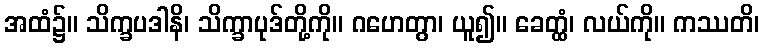
အထံ၌။ သိက္ခပဒါနိ၊ သိက္ခာပုဒ်တို့ကို။ ဂဟေတွာ၊ ယူ၍။ ခေတ္ထံ၊ လယ်ကို။ ကဿတိ၊